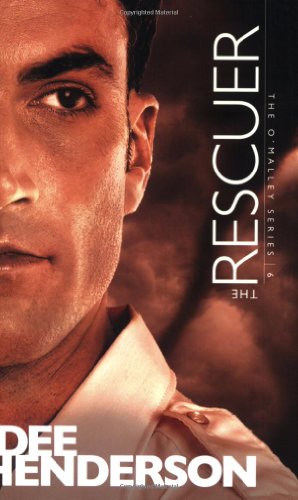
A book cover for The Rescuer (The O'Malley Series #6); Dee Henderson; Romance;